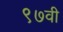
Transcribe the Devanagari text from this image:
९७वी